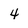
Character: 4